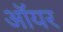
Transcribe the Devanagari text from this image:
ऑयर